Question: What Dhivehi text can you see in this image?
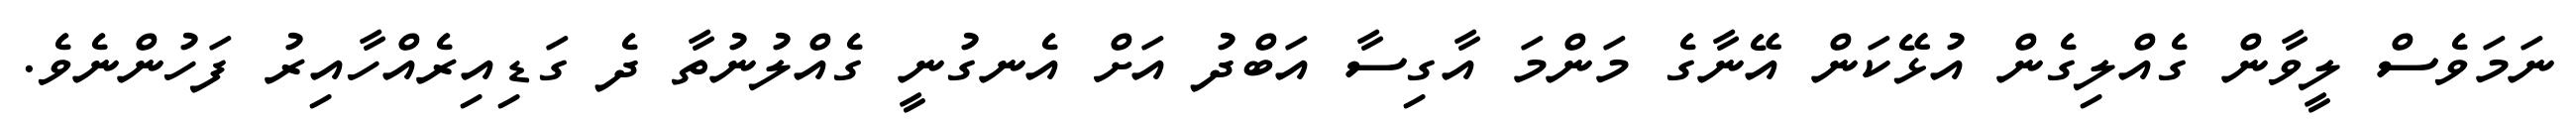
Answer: ނަމަވެސް ލީވާން ގެއްލިގެން އުޅޭކަން އޭނާގެ މަންމަ އާގިސާ އަބްދު އަށް އެނގުނީ ގެއްލުނުތާ ދެ ގަޑިއިރެއްހާއިރު ފަހުންނެވެ.